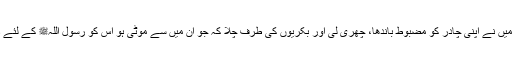
یہ سن کر میں نے اپنی چادر کو مضبوط باندھا، چھری لی اور بکریوں کی طرف چلا کہ جو ان میں سے موٹی ہو اس کو رسول اللہﷺ کے لئے ذبح کروں۔